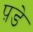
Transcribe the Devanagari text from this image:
प़डे